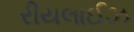
રીયલાઈઝ